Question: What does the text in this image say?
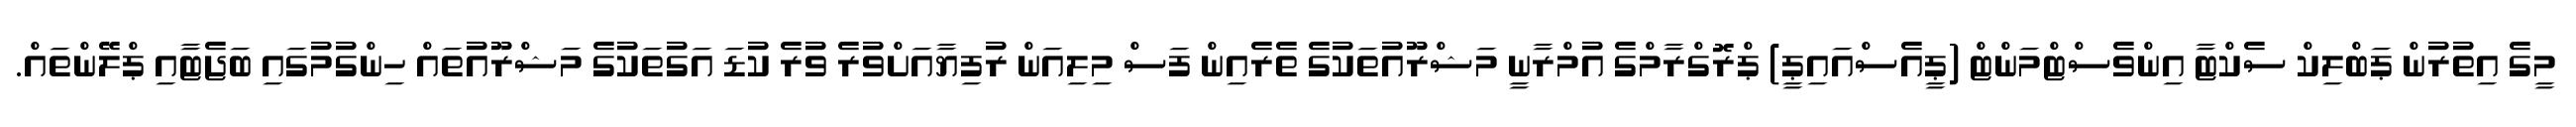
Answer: މީގެ އިތުރުން ޕަބްލިކް ސެކްޓާ އިންވެސްޓްމަންޓް (ޕީއެސްއައިޕީ) ޕްރޮގްރާމްގެ އުމްރާނީ މަޝްރޫއުތަކުގެ ތެރެއިން ފަސް މިލިއަން ރުފިޔާއަށްވުރެ ވުރެ ކުޑަ އަގުތަކުގެ މަޝްރޫއުތައް ހިންގުމުގައި ބަޖެޓާއި ޕްލޭންތައް.